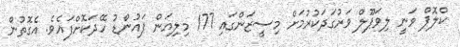
ކްލޮޕް ވަނީ ލިވަޕޫލް ވަރުގަދަކުރުމަށް މިސީޒަންގައި 177 މިލިއަން ޕައުންޑު ހޭދަކޮށްފައެވެ. އެގޮތުން